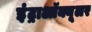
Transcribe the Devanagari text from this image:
इंट्राऑक्यूलर